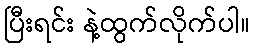
ပြီးရင်း နဲ့ထွက်လိုက်ပါ။